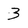
Character: 3